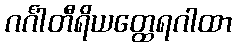
ဂင်္ဂါတီရိယတ္ထေရဂါထာ